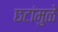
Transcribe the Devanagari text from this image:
छटांमुळे